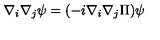
\nabla _ { i } \nabla _ { j } \psi = ( - i \nabla _ { i } \mathrm { } \nabla _ { j } \Pi ) \psi